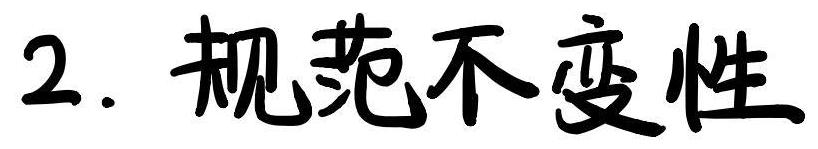
2. 规范不变性